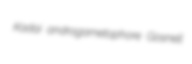
Kadai androgametophore Gosnell